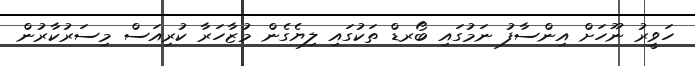
ހަވީރު ނޫހަށް އިންސާފު ނަމުގައި ބޯރޑް ތަކުގައި ލިޔެގެން މުޒާހަރާ ކުރިއަސް މިސަރުކާރުން